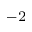
^ { - 2 }